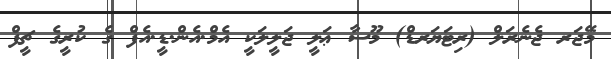
މޭޖަރ ޖެނެރަލް (ރިޓަޔަރޑް) މޫސާ ޢަލީ ޖަލީލަކީ އެމް.އެން.ޑީ.އެފް ގެ ކުރީގެ ޗީފް